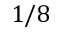
1 / 8